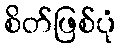
စိတ်ဖြစ်ပုံ